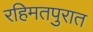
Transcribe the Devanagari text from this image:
रहिमतपुरात